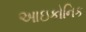
આઇકોનિક